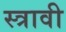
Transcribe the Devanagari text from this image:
स्त्रावी